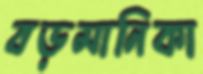
বড়মানিকা